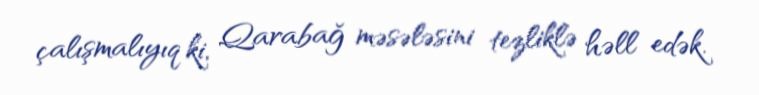
çalışmalıyıq ki, Qarabağ məsələsini tezliklə həll edək.